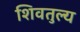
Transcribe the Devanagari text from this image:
शिवतुल्य